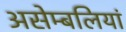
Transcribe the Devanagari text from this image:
असेम्बलियां